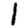
Digit: 1